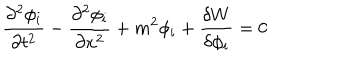
LaTeX: \frac { \partial ^ { 2 } \phi _ { i } } { \partial t ^ { 2 } } - \frac { \partial ^ { 2 } \phi _ { i } } { \partial x ^ { 2 } } + m ^ { 2 } \phi _ { i } + \frac { \delta W } { \delta \phi _ { i } } = 0